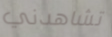
تشاهدني